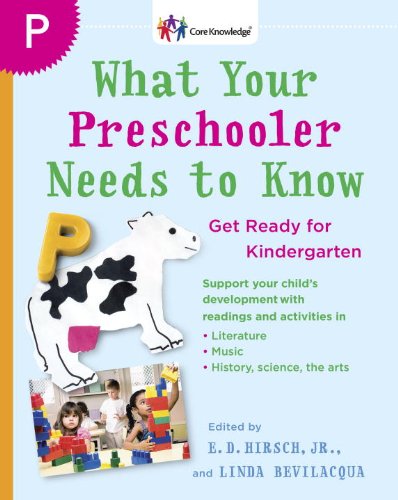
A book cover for What Your Preschooler Needs to Know: Get Ready for Kindergarten (Core Knowledge Series); Education & Teaching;